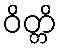
ဝိတ္တိ